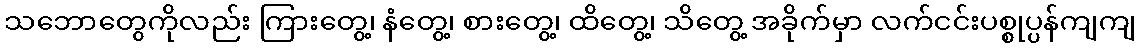
သဘောတွေကိုလည်း ကြားတွေ့၊ နံတွေ့၊ စားတွေ့၊ ထိတွေ့၊ သိတွေ့ အခိုက်မှာ လက်ငင်းပစ္စုပ္ပန်ကျကျ